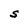
Character: S